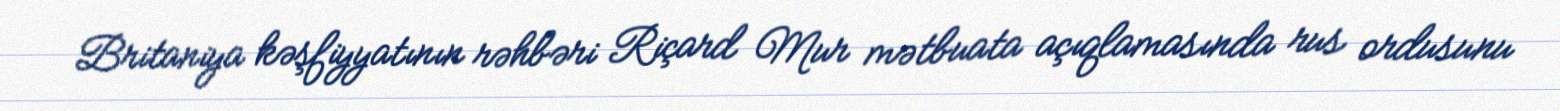
Britaniya kəşfiyyatının rəhbəri Riçard Mur mətbuata açıqlamasında rus ordusunu